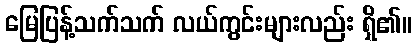
မြေပြန့်သက်သက် လယ်ကွင်းများလည်း ရှိ၏။